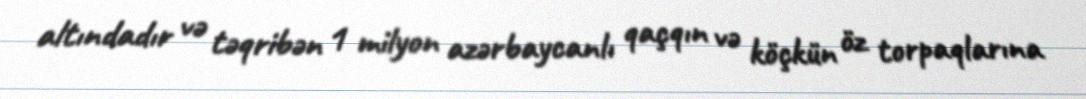
altındadır və təqribən 1 milyon azərbaycanlı qaçqın və köçkün öz torpaqlarına